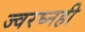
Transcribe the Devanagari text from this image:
ज्वरघ्नही